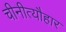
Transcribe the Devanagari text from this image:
चीनीत्यौहार